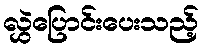
လွှဲပြောင်းပေးသည့်